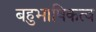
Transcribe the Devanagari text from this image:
बहुभाषिकत्व